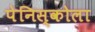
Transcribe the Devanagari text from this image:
पेनिस्कोला